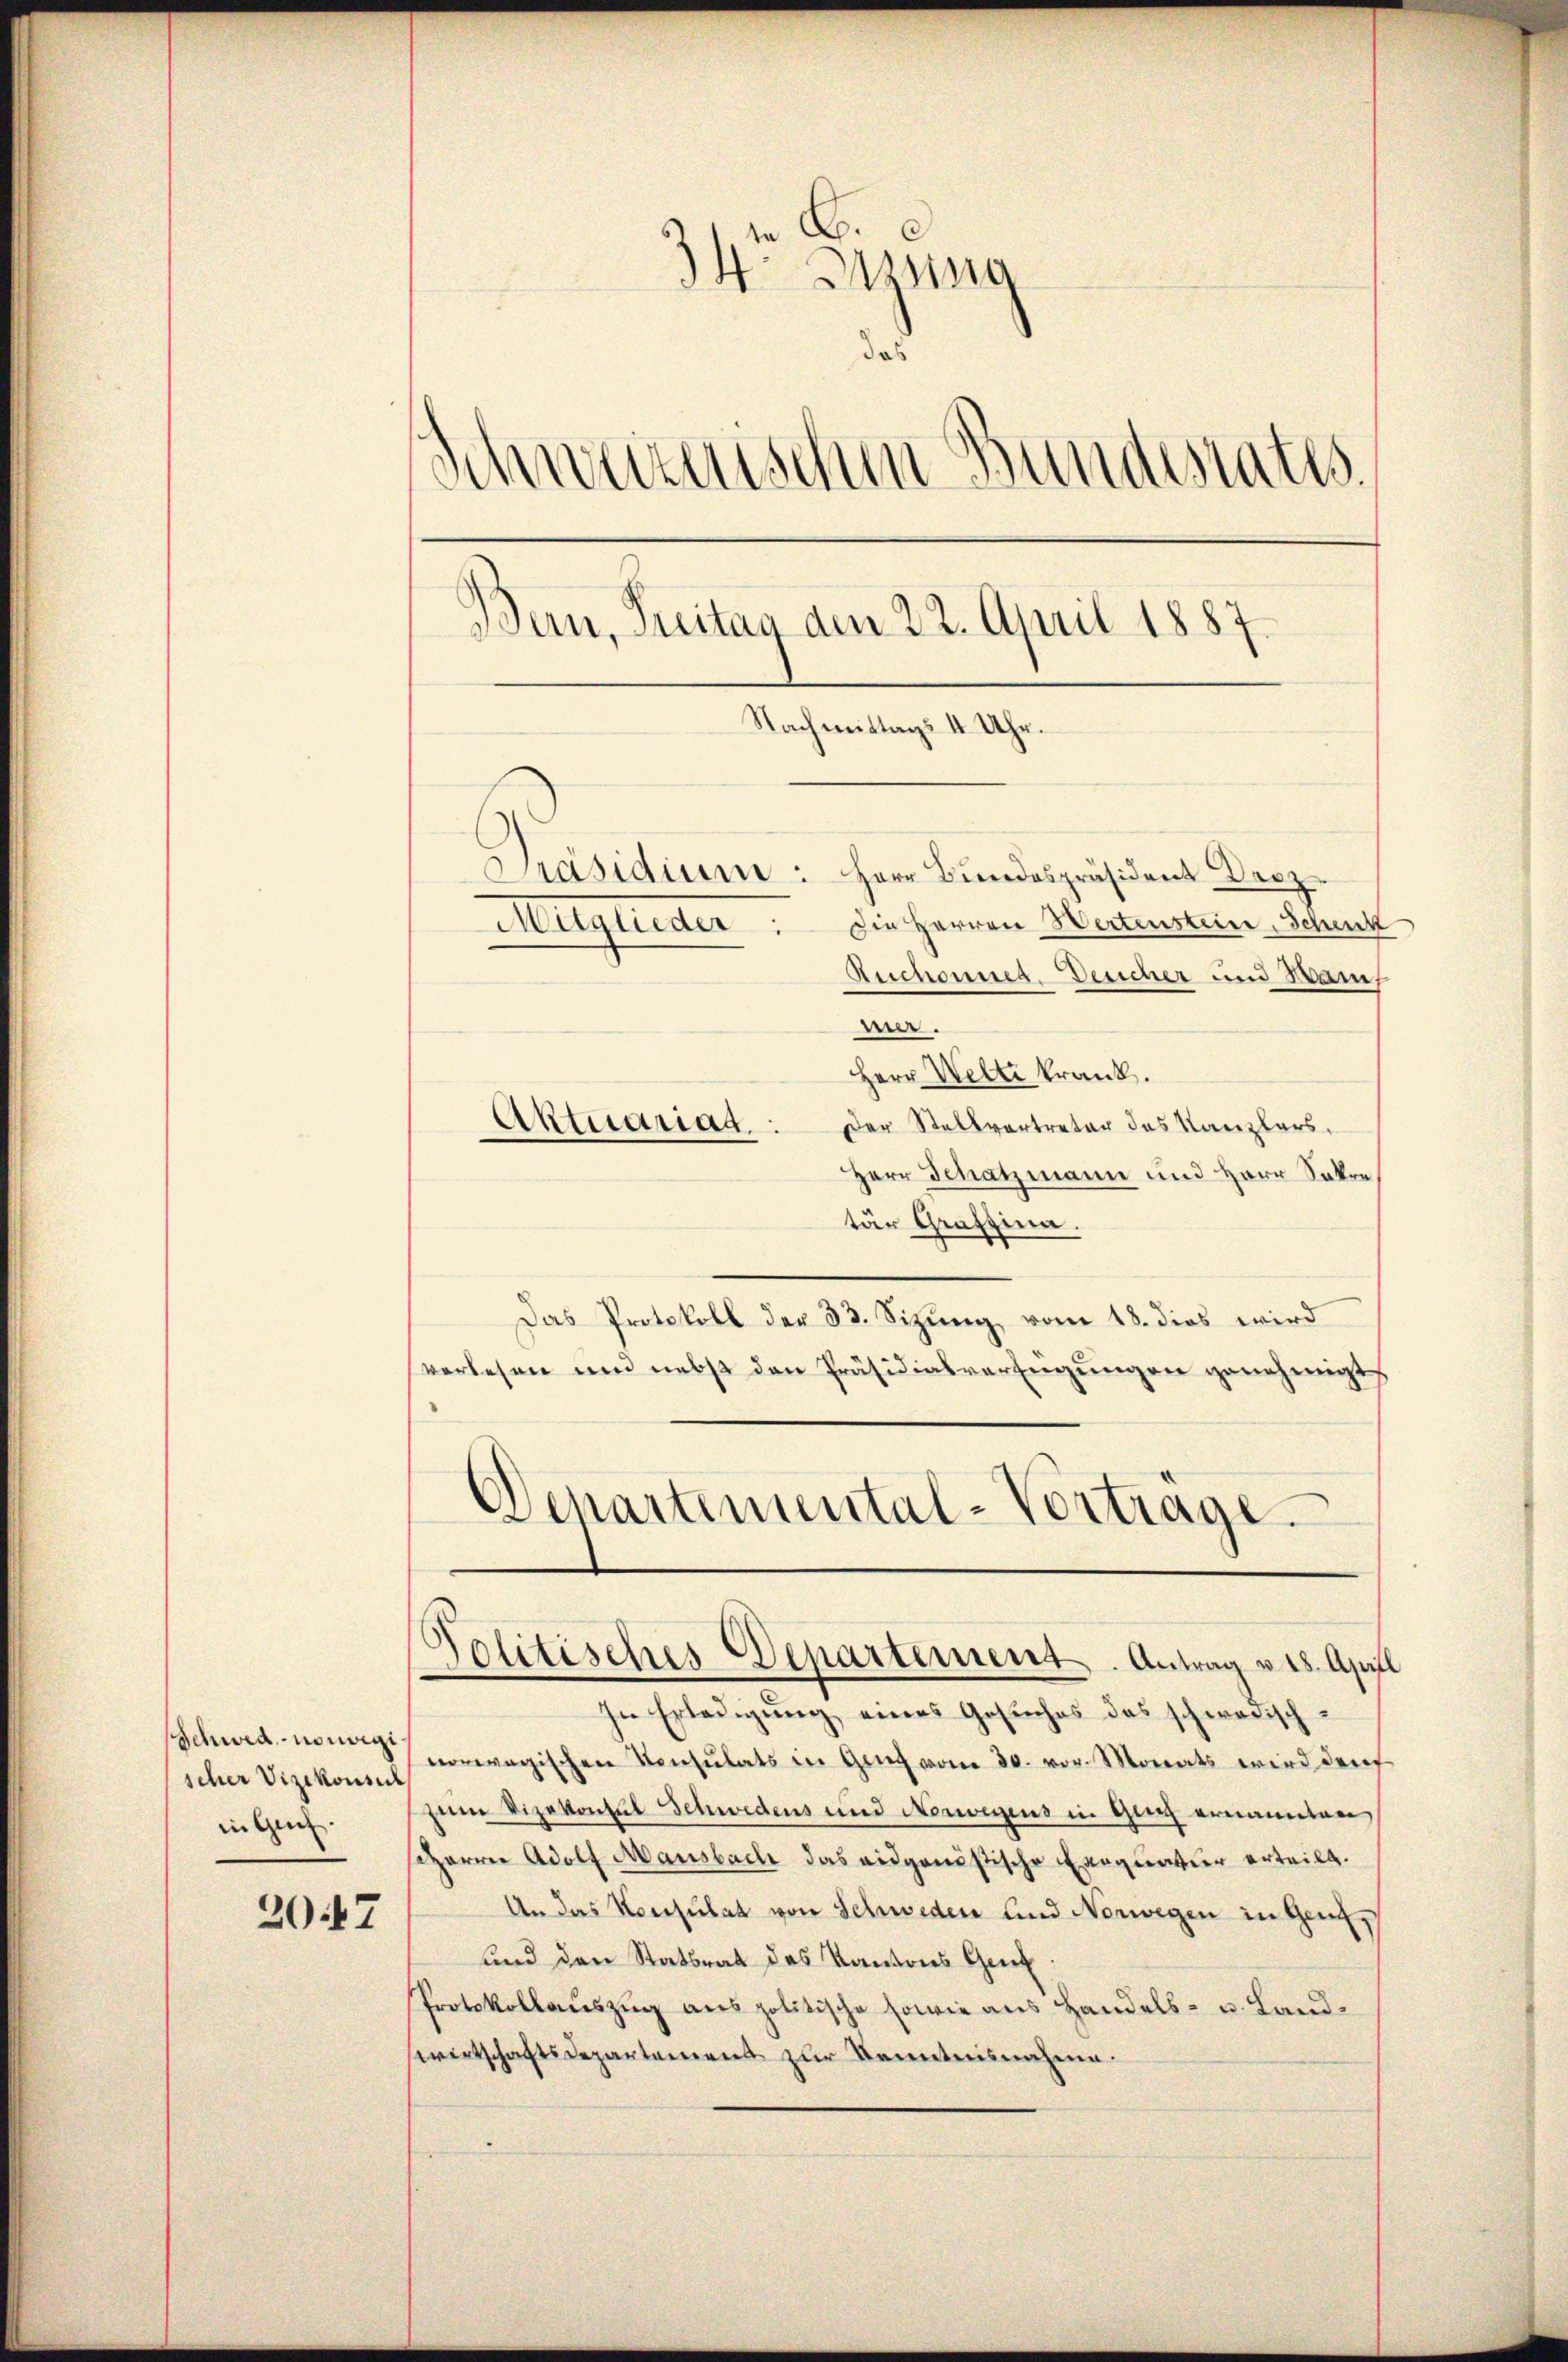
Schwed.-nonigi
scher Vizekonsul
in Genf.

2047

34. Sessing
das
Schweizerischen Bundesraths
Bern, Treitag am 22. April 1887.
Nachmittags 1 Uhr.
Präsidium: Herr Bundespräsident Droz.
Maglieder. Die Herren Wertenstein, Schenk
Auchonnen. Desicher und Wann,

wer.
Herr Welti krank.
Der Stellvertreter das Kanzlers,
Herr Schatzmann und Herr Sakre
tür Grafsina.
Das Protokoll der 33. Sizung, vom 18. dies wird
verlesen und nebst den Präsidialverfügungen genehmigt
Schartemental-Vortrage.

Aktuariag

Politisches Departement. Antrag v. 18. April

In Erledigung eines Gesuches das schwarischnorwegischen Konsulats in Gang vom 30. vor. Monats wird durch
zem Vizekonsul Schwedens und Norwegens in Ganz ernannten,
seharrer Adolf Mausbach das eidgenößische Exequatier erteilt.
An das Konsulat von Schweden und Norwegen in Genf,
und den Statsrat des Kantons Gen
Protokollauszug aus politische sowie aus Handels- u. Landwirtschaftsdepartement zur Kenntnisnahme.